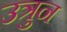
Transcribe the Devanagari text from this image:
उत्रुन